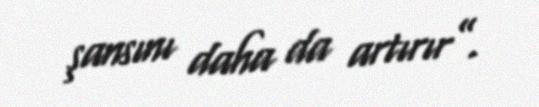
şansını daha da artırır”.